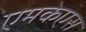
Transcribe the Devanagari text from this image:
एमकेएस